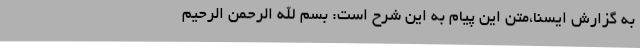
به گزارش ایسنا،متن این پیام به این شرح است: بسم الله الرحمن الرحیم